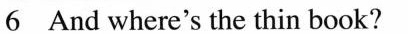
6 And where's the thin book?